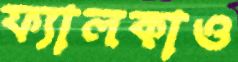
ফ্যালকাও